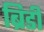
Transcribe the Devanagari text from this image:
ब्रिडी